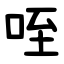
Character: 咥